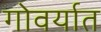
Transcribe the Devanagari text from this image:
गोवर्यात